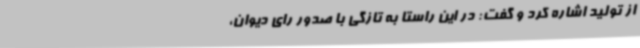
از تولید اشاره کرد و گفت: در این راستا به تازگی با صدور رای دیوان،